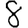
Digit: 8